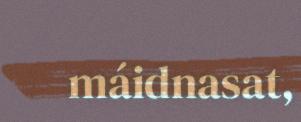
máidnasat,